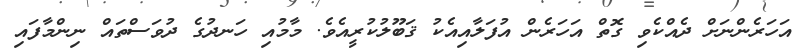
އަހަރެންނަށް ދެއްކެވި ގޮތް އަހަރެން އުފަލާއިއެކު ޤަބޫލުކުރީއެވެ. މާމުއި ހަނދުގެ ދުވަސްތައް ނިންމާފައި